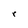
Character: r